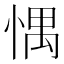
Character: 㥥